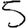
Digit: 5